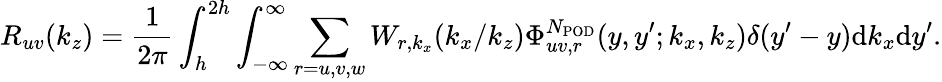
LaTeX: R_{uv}(k_{z})=\frac{1}{2\pi}\int_{h}^{2h}\int_{-\infty}^{\infty}\sum_{r=u,v,w}W_{r,k_{x}}(k_{x}/k_{z})\Phi_{uv,r}^{N_{\mathrm{POD}}}(y,y^{\prime};k_{x},k_{z})\delta(y^{\prime}-y)\mathrm{d}k_{x}\mathrm{d}y^{\prime}.